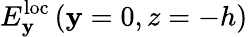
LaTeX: E_{\mathbf{y}}^{\mathrm{{loc}}}\left(\mathbf{y}=0,z=-h\right)